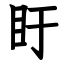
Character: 盱